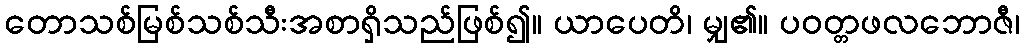
တောသစ်မြစ်သစ်သီးအစာရှိသည်ဖြစ်၍။ ယာပေတိ၊ မျှ၏။ ပဝတ္တဖလဘောဇီ၊